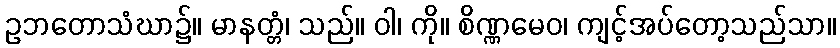
ဥဘတောသံဃာ၌။ မာနတ္တံ၊ သည်။ ဝါ၊ ကို။ စိဏ္ဏမေဝ၊ ကျင့်အပ်တော့သည်သာ။